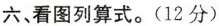
六、看图列算式。(12分)